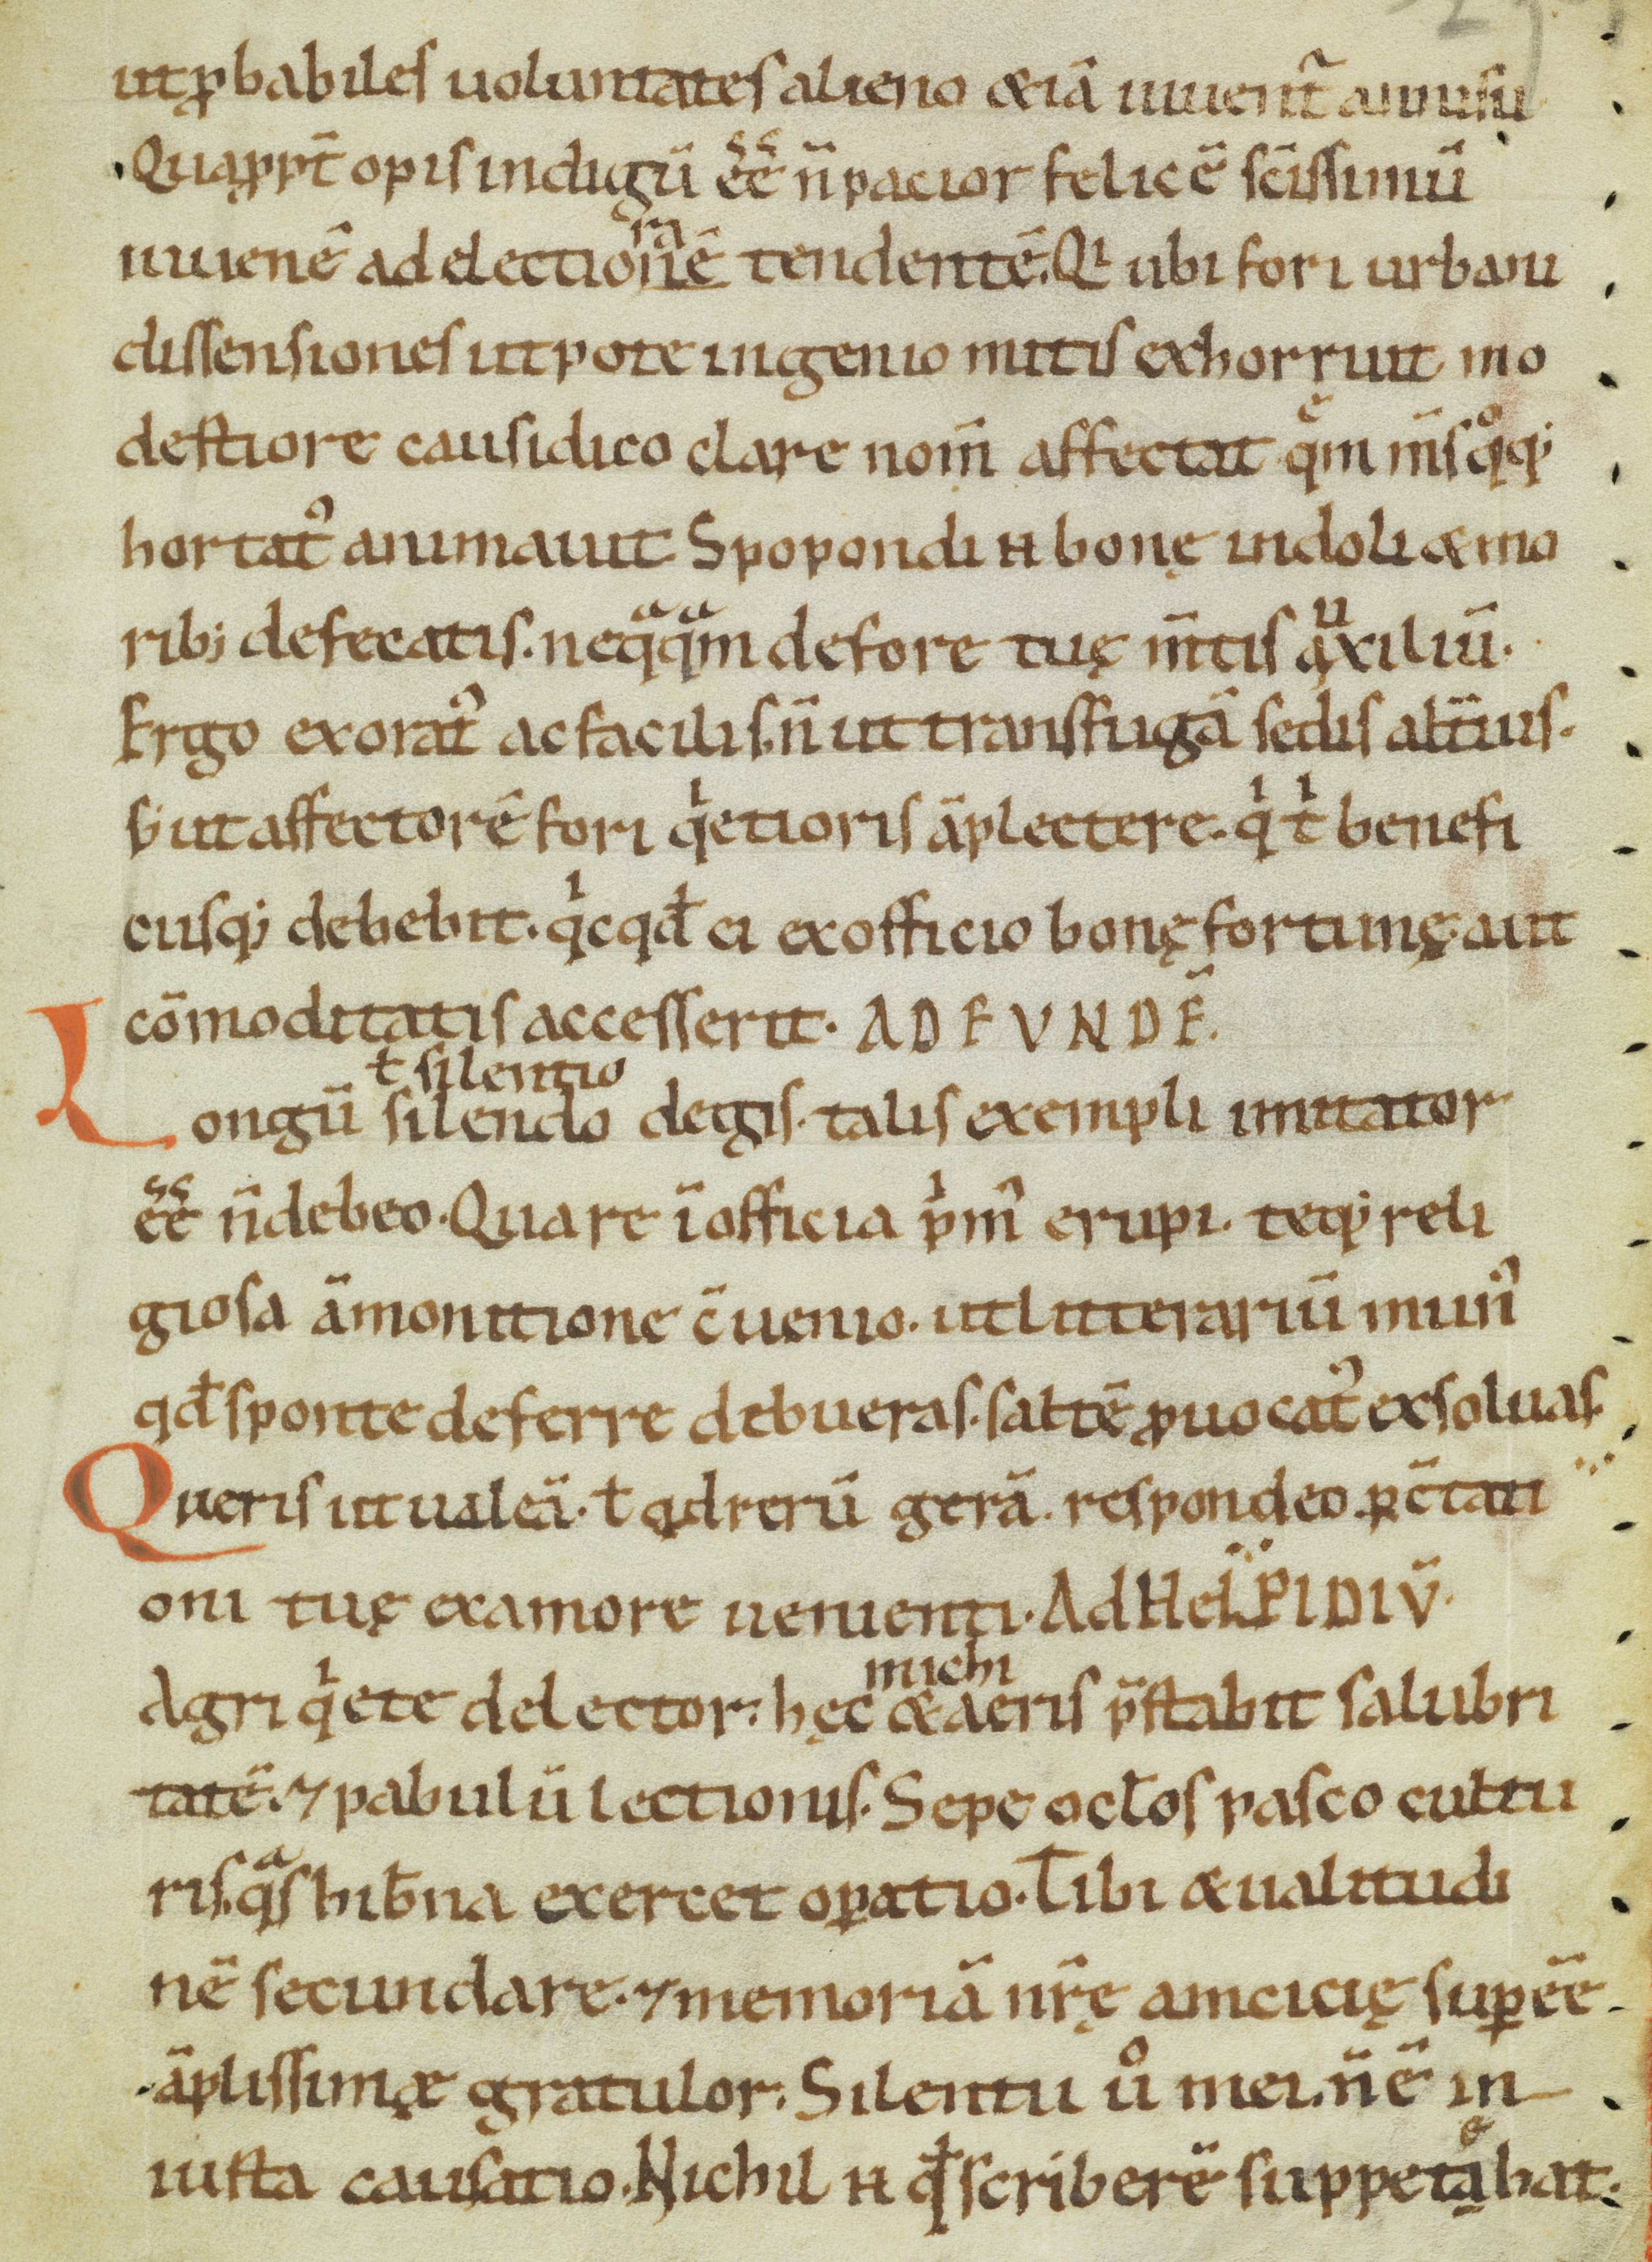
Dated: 1100–1199